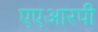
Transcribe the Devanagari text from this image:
एएआरपी